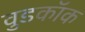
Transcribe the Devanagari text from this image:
वुडकॉक